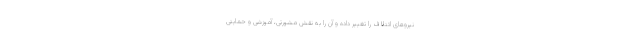
نیروهای ائتلاف را تغییر داده و آن را به نقش مشورتی، آموزشی و حمایتی